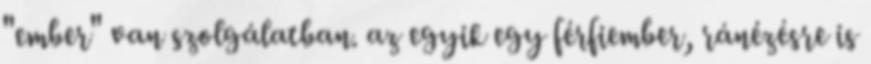
"ember" van szolgálatban. az egyik egy férfiember, ránézésre is